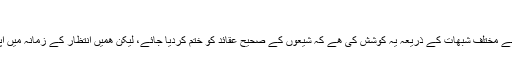
([2])
یعنی غیبت کے زمانہ میں دشمن نے مختلف شبھات کے ذریعہ یہ کوشش کی ھے کہ شیعوں کے صحیح عقائد کو ختم کردیا جائے، لیکن ھمیں انتظار کے زمانہ میں اپنے عقائد کی حفاظت کرنا چاہئے۔